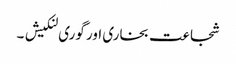
شجاعت بخاری اور گوری لنکیش ۔